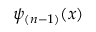
\psi _ { ( n - 1 ) } ( x )